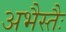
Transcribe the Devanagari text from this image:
अभैस्तैः